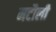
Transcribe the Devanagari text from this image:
मटौली